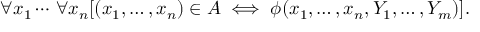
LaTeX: \forall x _ { 1 } \cdots \, \forall x _ { n } [ ( x _ { 1 } , \ldots , x _ { n } ) \in A \iff \phi ( x _ { 1 } , \ldots , x _ { n } , Y _ { 1 } , \ldots , Y _ { m } ) ] .